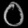
Digit: ၀